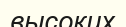
высоких